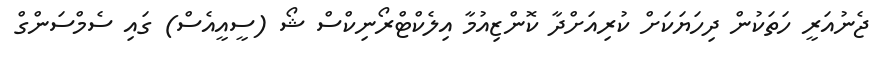
ޖެނުއަރީ ހަތަކުން ދިހަޔަކަށް ކުރިއަށްދާ ކޮންޒިއުމާ އިލެކްޓްރޯނިކްސް ޝޯ (ސީއީއެސް) ގައި ސެމްސަންގް